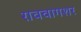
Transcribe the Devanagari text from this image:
राववागशर